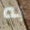
به